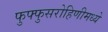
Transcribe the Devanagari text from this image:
फुफ्फुसरोहिणीमध्ये